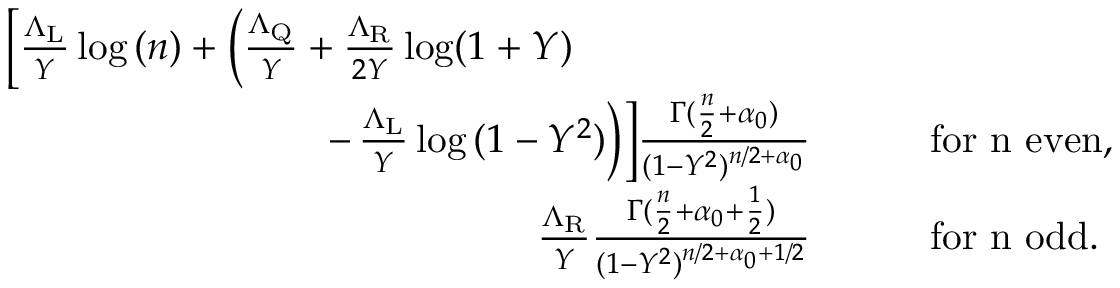
\begin{array} { r l } { \bigg [ \frac { \Lambda _ { \mathrm { L } } } { Y } \log { ( n ) } + \bigg ( \frac { \Lambda _ { \mathrm { Q } } } { Y } + \frac { \Lambda _ { \mathrm { R } } } { 2 Y } \log ( 1 + Y ) \qquad \qquad \qquad } & { } \\ { - \, \frac { \Lambda _ { \mathrm { L } } } { Y } \log { ( 1 - Y ^ { 2 } ) } \bigg ) \bigg ] \frac { \Gamma ( \frac { n } { 2 } + \alpha _ { 0 } ) } { ( 1 - Y ^ { 2 } ) ^ { n / 2 + \alpha _ { 0 } } } } & { \qquad \mathrm { f o r ~ n ~ e v e n } , } \\ { \frac { \Lambda _ { \mathrm { R } } } { Y } \frac { \Gamma ( \frac { n } { 2 } + { \alpha _ { 0 } + \frac { 1 } { 2 } } ) } { ( 1 - Y ^ { 2 } ) ^ { n / 2 + { \alpha _ { 0 } + 1 / 2 } } } } & { \qquad \mathrm { f o r ~ n ~ o d d } . } \end{array}